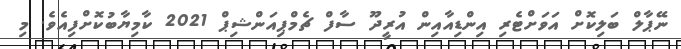
ނޭޕާލް ބަލިކޮށް އަވަށްޓެރި އިންޑިއާއިން އުރީދޫ ސާފް ޗެމްޕިއަންޝިޕް 2021 ކާމިޔާބުކޮށްފިއެވެ. މި